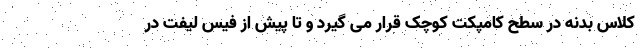
کلاس بدنه در سطح کامپکت کوچک قرار می گیرد و تا پیش از فیس لیفت در